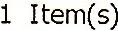
1 ITEM(S)